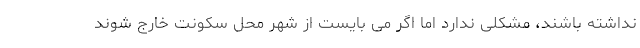
نداشته باشند، مشکلی ندارد اما اگر می بایست از شهر محل سکونت خارج شوند